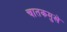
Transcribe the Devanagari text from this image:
चातकमुखे